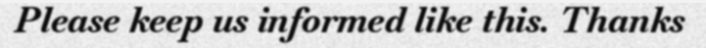
Please keep us informed like this. Thanks